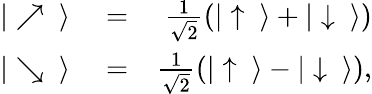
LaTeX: \begin{array}{rlr}{|\nearrow\ \rangle}&{{}=}&{\frac{1}{\sqrt{2}}\left(|\uparrow\ \rangle+|\downarrow\ \rangle\right)}\\ {|\searrow\ \rangle}&{{}=}&{\frac{1}{\sqrt{2}}\left(|\uparrow\ \rangle-|\downarrow\ \rangle\right),}\end{array}